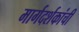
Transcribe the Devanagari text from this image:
मार्गदर्शकांची